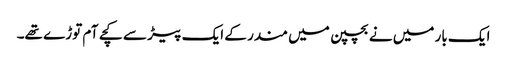
ایک بار میں نے بچپن میں مندر کے ایک پیڑ سے کچے آم توڑے تھے۔